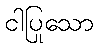
ငါပြုသော